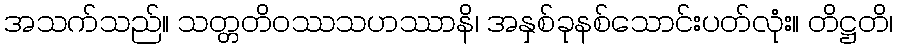
အသက်သည်။ သတ္တတိဝဿသဟဿာနိ၊ အနှစ်ခုနစ်သောင်းပတ်လုံး။ တိဋ္ဌတိ၊